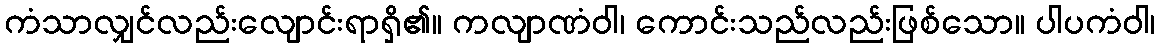
ကံသာလျှင်လည်းလျောင်းရာရှိ၏။ ကလျာဏံဝါ၊ ကောင်းသည်လည်းဖြစ်သော။ ပါပကံဝါ၊